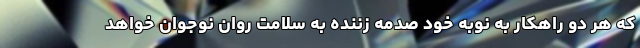
که هر دو راهکار به نوبه خود صدمه زننده به سلامت روان نوجوان خواهد